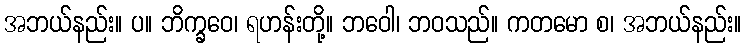
အဘယ်နည်း။ ပ။ ဘိက္ခဝေ၊ ရဟန်းတို့။ ဘဝေါ၊ ဘဝသည်။ ကတမော စ၊ အဘယ်နည်း။